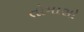
તોમાસો